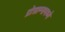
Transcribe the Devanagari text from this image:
प्रोग्राम्समध्ये